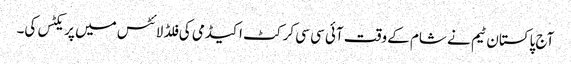
آج پاکستان ٹیم نے شام کے وقت آئی سی سی کرکٹ اکیڈمی کی فلڈ لائٹس میں پریکٹس کی۔